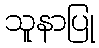
သူနာပြု